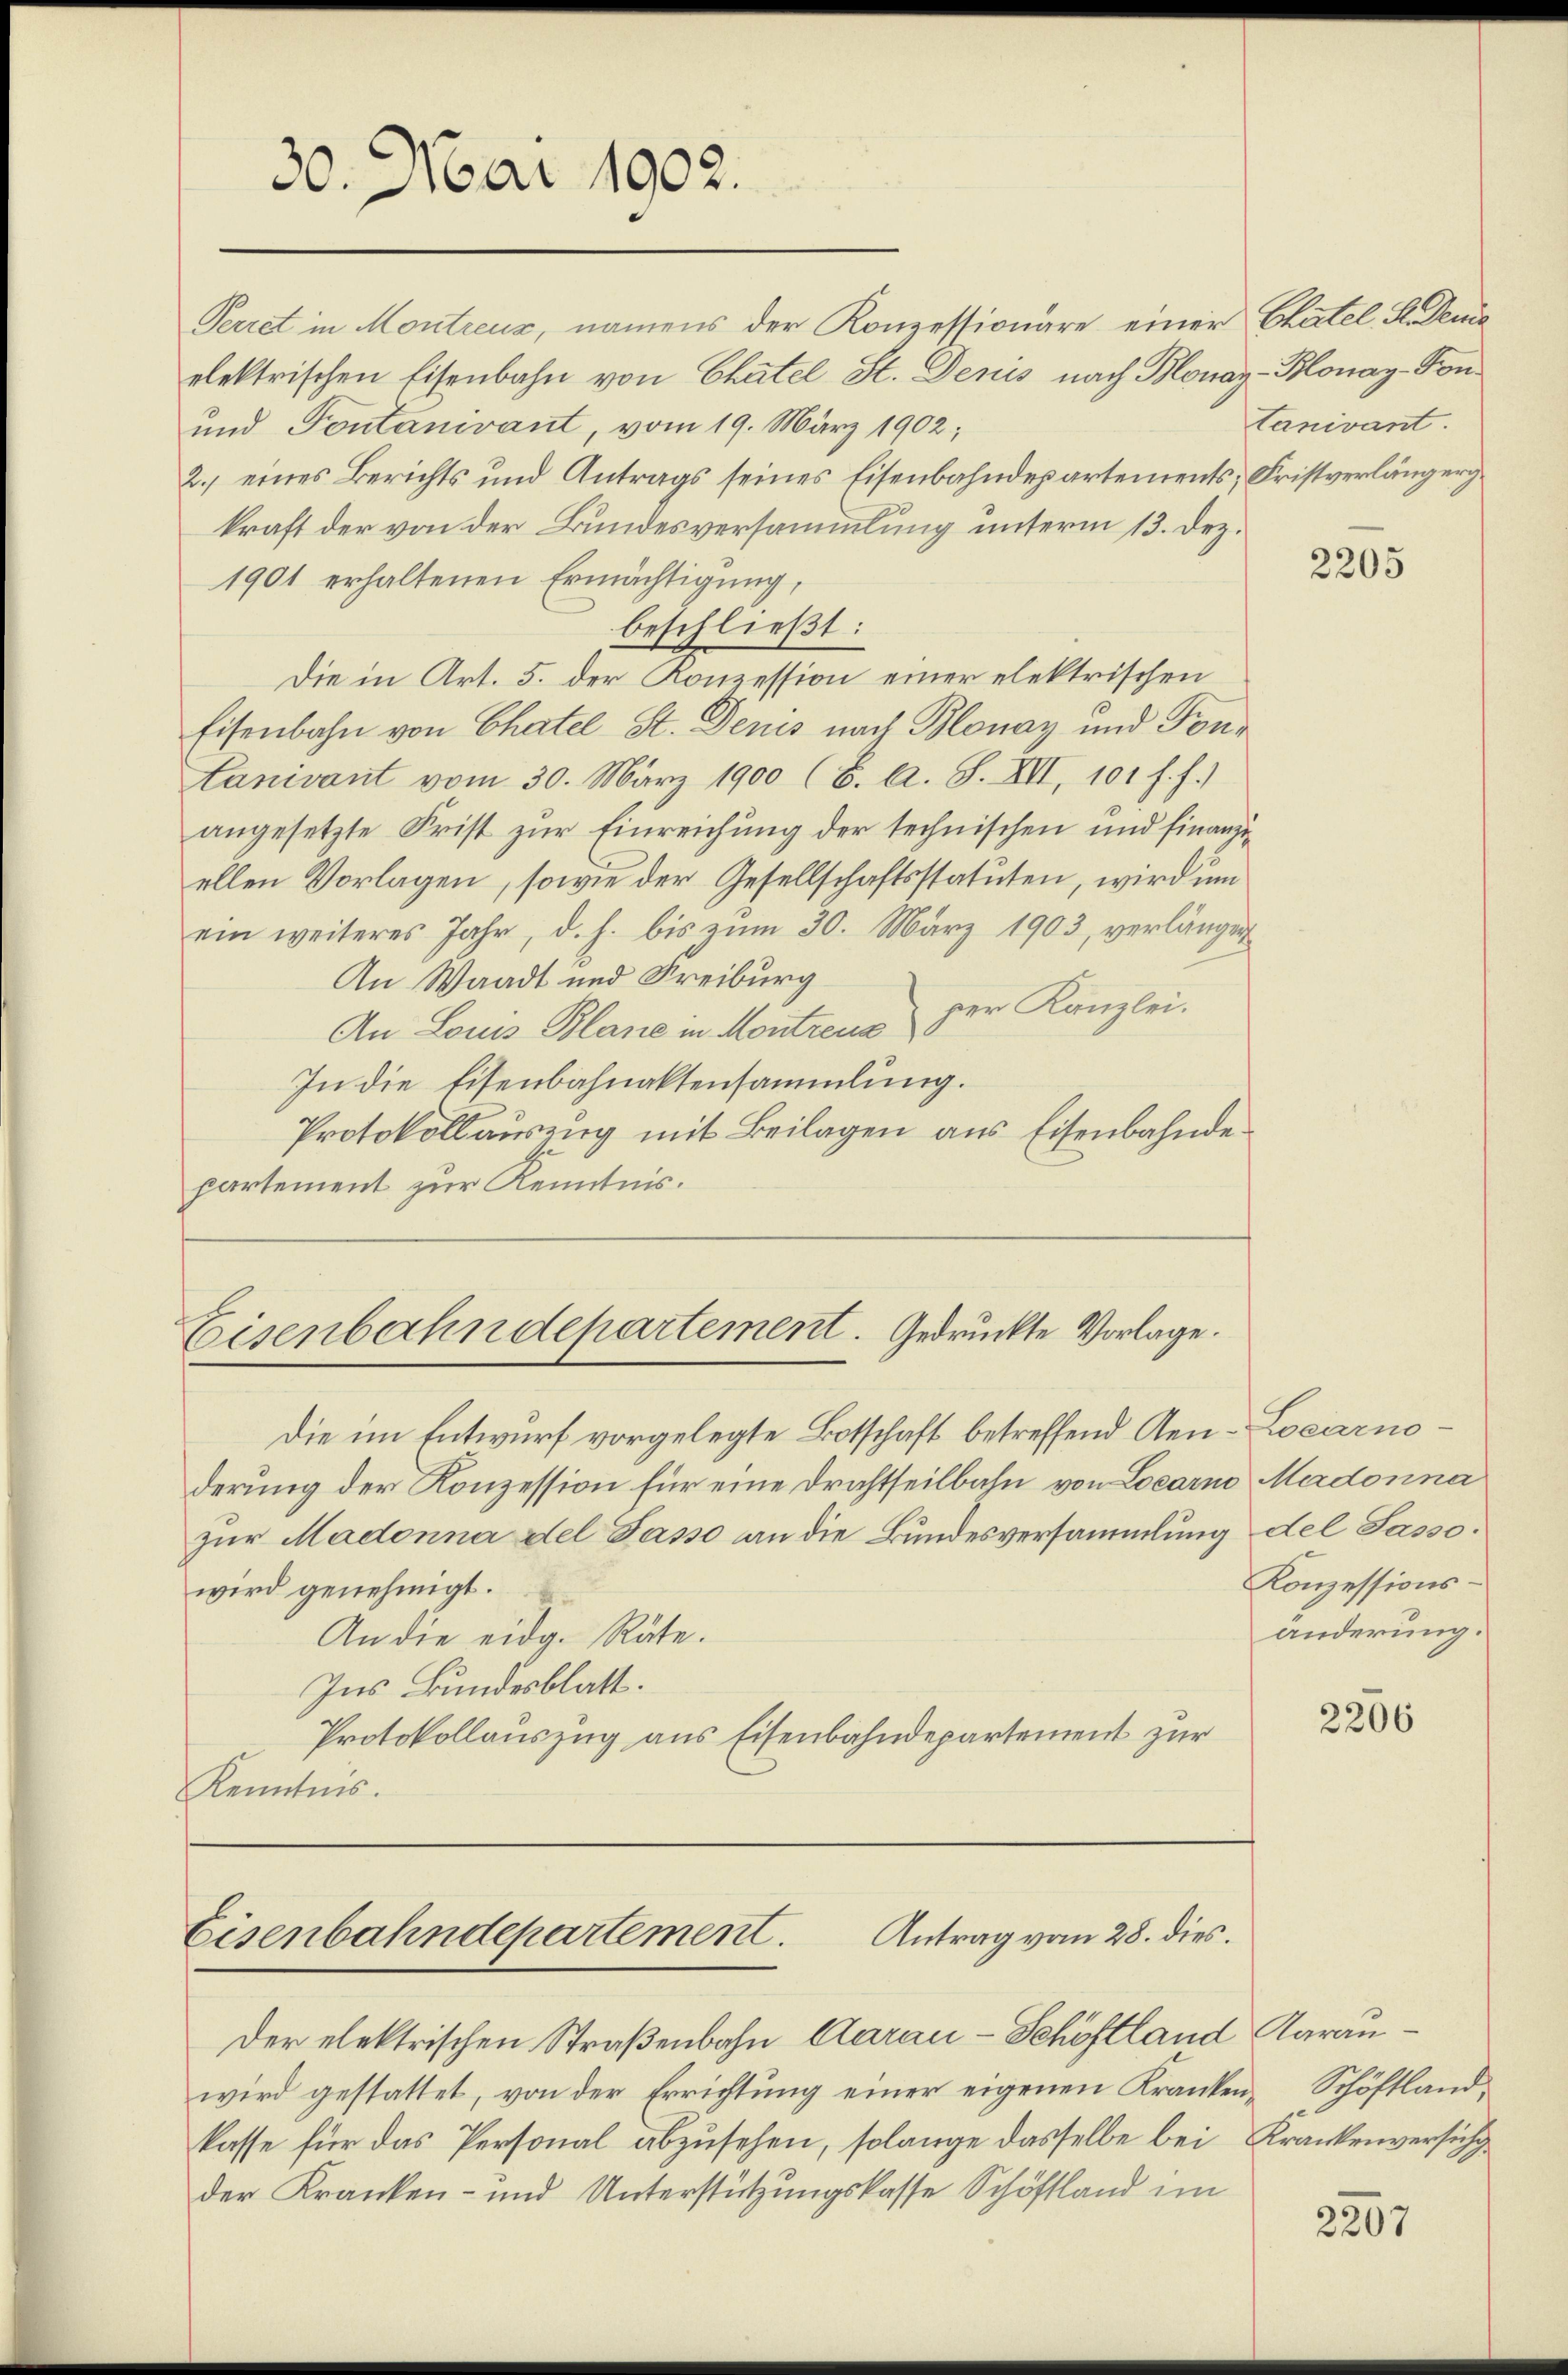
30. Mai 1902.

Perret in Montreus, namens der Konzessionäre einer Chatel Steue
elektrischen Eisenbahn von Chatel St. Denis nach Bonay-Blonay-Fon¬
und Pontanivant, vom 19. März 1902;
2.) eines Berichts und Antrags seines Eisenbahndepartements, Fristverlängerg
kraft der von der Bundesversammlung unterm 13. Dez.
1901 erhaltenen Ermächtigung,
beschließt:
Die in Art. 5. der Konzession einer elektrischen
Eisenbahn von Chatel St. Denis nach Blonay und Tonanivant vom 30. März 1900 (6. A. S. XII, 101 f. f.)
angesetzte Frist zur Einreichung der technischen und finanziellen Vorlagen, sowie der Gesellschaftsstatuten, wird um
ein weiteres Jahr, d. h. bis zum 30. März 1903, verlänger
An Waadt und Freiburg
An Louis Blane in Montreux der Kanzlei.
In die Eisenbahnaktensammlung.
Protokollauszug mit Beilagen aus Eisenbahnde
partement zur Kenntnis.

Eisenbahndepartement. Gedruckte Vorlage.

Antrag vom 28. dies.
Eisenbahndepartement.

wird gestattet, von der Errichtung einer eigenen Krankenkasse für das Personal abzusehen, solange dasselbe bei
der Kranken- und Unterstützungskasse Schöffland im

Der elektrischen Straßenbahn Aarau - Schöftland

tanivant

Die im Entwurf vorgelegte Botschaft betreffend Aen-Locarnoderung der Konzession für eine Drahtheilbahn von Locarno Madonna
zŭr Madonna del Passo an die Bundesversammlung del Sassowird genehmigt.
An die eidg. Räte.
Ins Bundesblatt.
Protokollauszug aus Eisenbahndepartement zur
Kenntnis.

2205

Konzessionsänderung.

2206

Aarau
Schöftland,
Krankenversich

2207